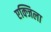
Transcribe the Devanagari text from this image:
एक्जिला